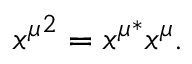
{ x ^ { \mu } } ^ { 2 } = { x ^ { \mu } } ^ { * } x ^ { \mu } .